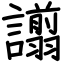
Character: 譾